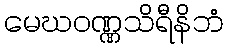
မေဃဝဏ္ဏသိရီနိဘံ